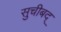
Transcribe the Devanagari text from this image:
सुचीबद्